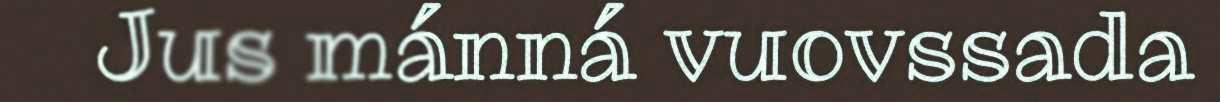
Jus mánná vuovssada